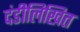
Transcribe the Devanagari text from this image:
दंडीलिखित